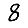
Digit: 8